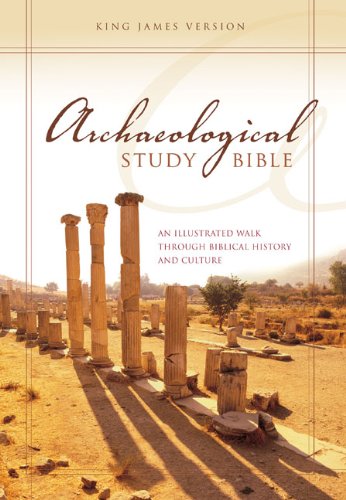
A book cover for KJV Archaeological Study Bible: An Illustrated Walk Through Biblical History and Culture; Zondervan; Science & Math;